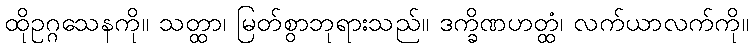
ထိုဥဂ္ဂသေနကို။ သတ္ထာ၊ မြတ်စွာဘုရားသည်။ ဒက္ခိဏဟတ္ထံ၊ လက်ယာလက်ကို။